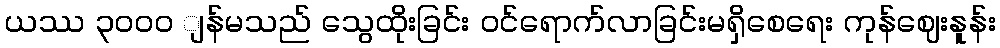
ယဿ ၃၀၀ဝ ျန်မသည် သွေထိုးခြင်း ဝင်ရောက်လာခြင်းမရှိစေရေး ကုန်ဈေးနူန်း